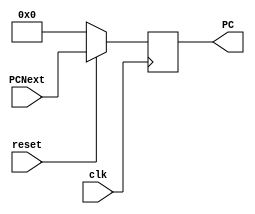
module P_C(PCNext, PC, reset, clk);

	//initialising input/output ports
	input [31:0] PCNext;
	input reset, clk;
	output reg [31:0] PC; //output ports are wires by default
	always @(posedge clk)
		begin 
		if(reset == 1'b0)
			begin 
			PC <= 32'h00000000;
			end
		else
			begin
			PC <= PCNext;  
			end
		end
		
endmodule